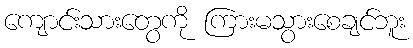
ကျောင်းသားတွေကို ကြားမသွားစေချင်ဘူး